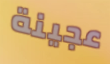
عجينة